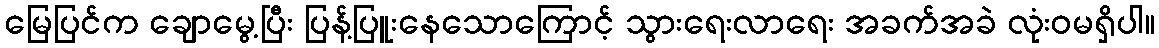
မြေပြင်က ချောမွေ့ပြီး ပြန့်ပြူးနေသောကြောင့် သွားရေးလာရေး အခက်အခဲ လုံးဝမရှိပါ။